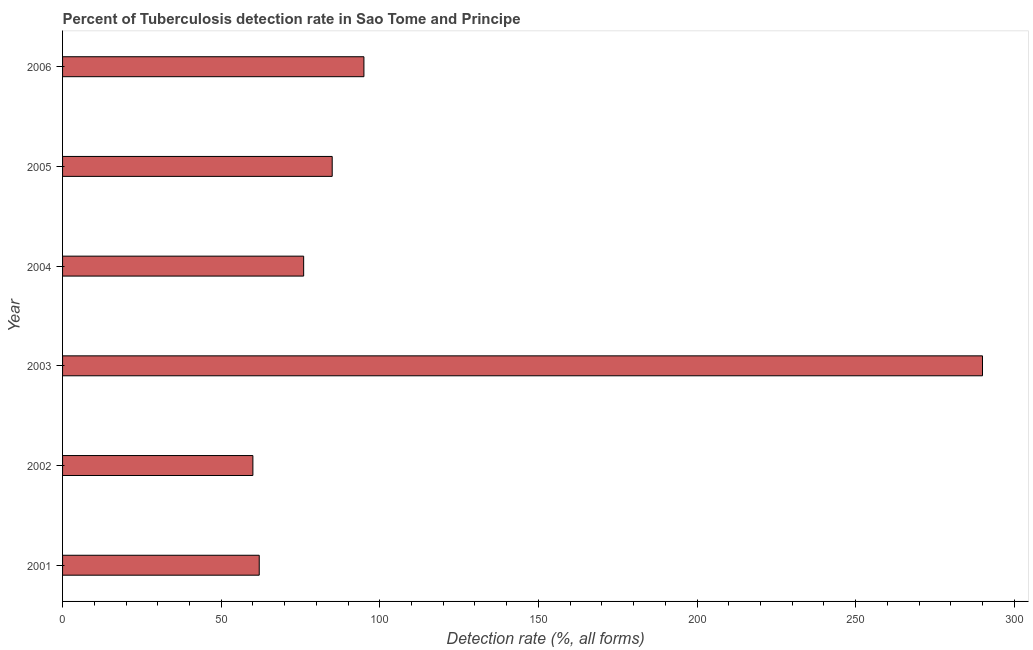
| Year | Tuberculosis case detection rate |
 | --- | --- |
 | 2001 | 62 |
 | 2002 | 60 |
 | 2003 | 290 |
 | 2004 | 76 |
 | 2005 | 85 |
 | 2006 | 95 |